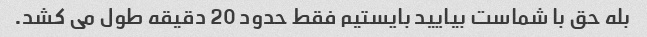
بله حق با شماست بیایید بایستیم فقط حدود 20 دقیقه طول می کشد.